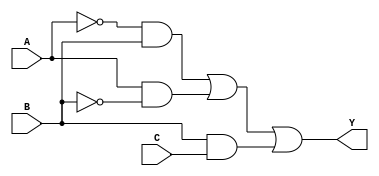
module combinational_logic_block (
    input wire A,      // Input variable A
    input wire B,      // Input variable B
    input wire C,      // Input variable C
    output wire Y      // Output variable Y
);

    // Intermediate signals for the minimized expression
    wire A_not;        // NOT A
    wire B_not;        // NOT B
    wire AB;           // A and B
    wire A_notB;       // A' and B
    wire AB_not;       // A and B'
    wire BC;           // B and C

    // NOT gates for inversion
    not (A_not, A);    // A'
    not (B_not, B);    // B'

    // AND gates for product terms
    and (A_notB, A_not, B);  // A'B
    and (AB_not, A, B_not);   // AB'
    and (BC, B, C);           // BC

    // OR gate for final output
    or (Y, A_notB, AB_not, BC); // Y = A'B + AB' + BC

endmodule